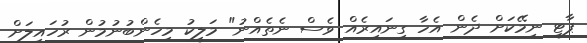
ޕާޓީ ނިމޭކަށް ދެން އެހާ ގިނައިރެއް ވެސް ނެތެއްނު" މަލީކު މިހެންބުނުމުން ރުހައިލަށް